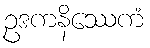
ဥဒကနိဿေကံ